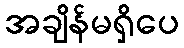
အချိန်မရှိပေ